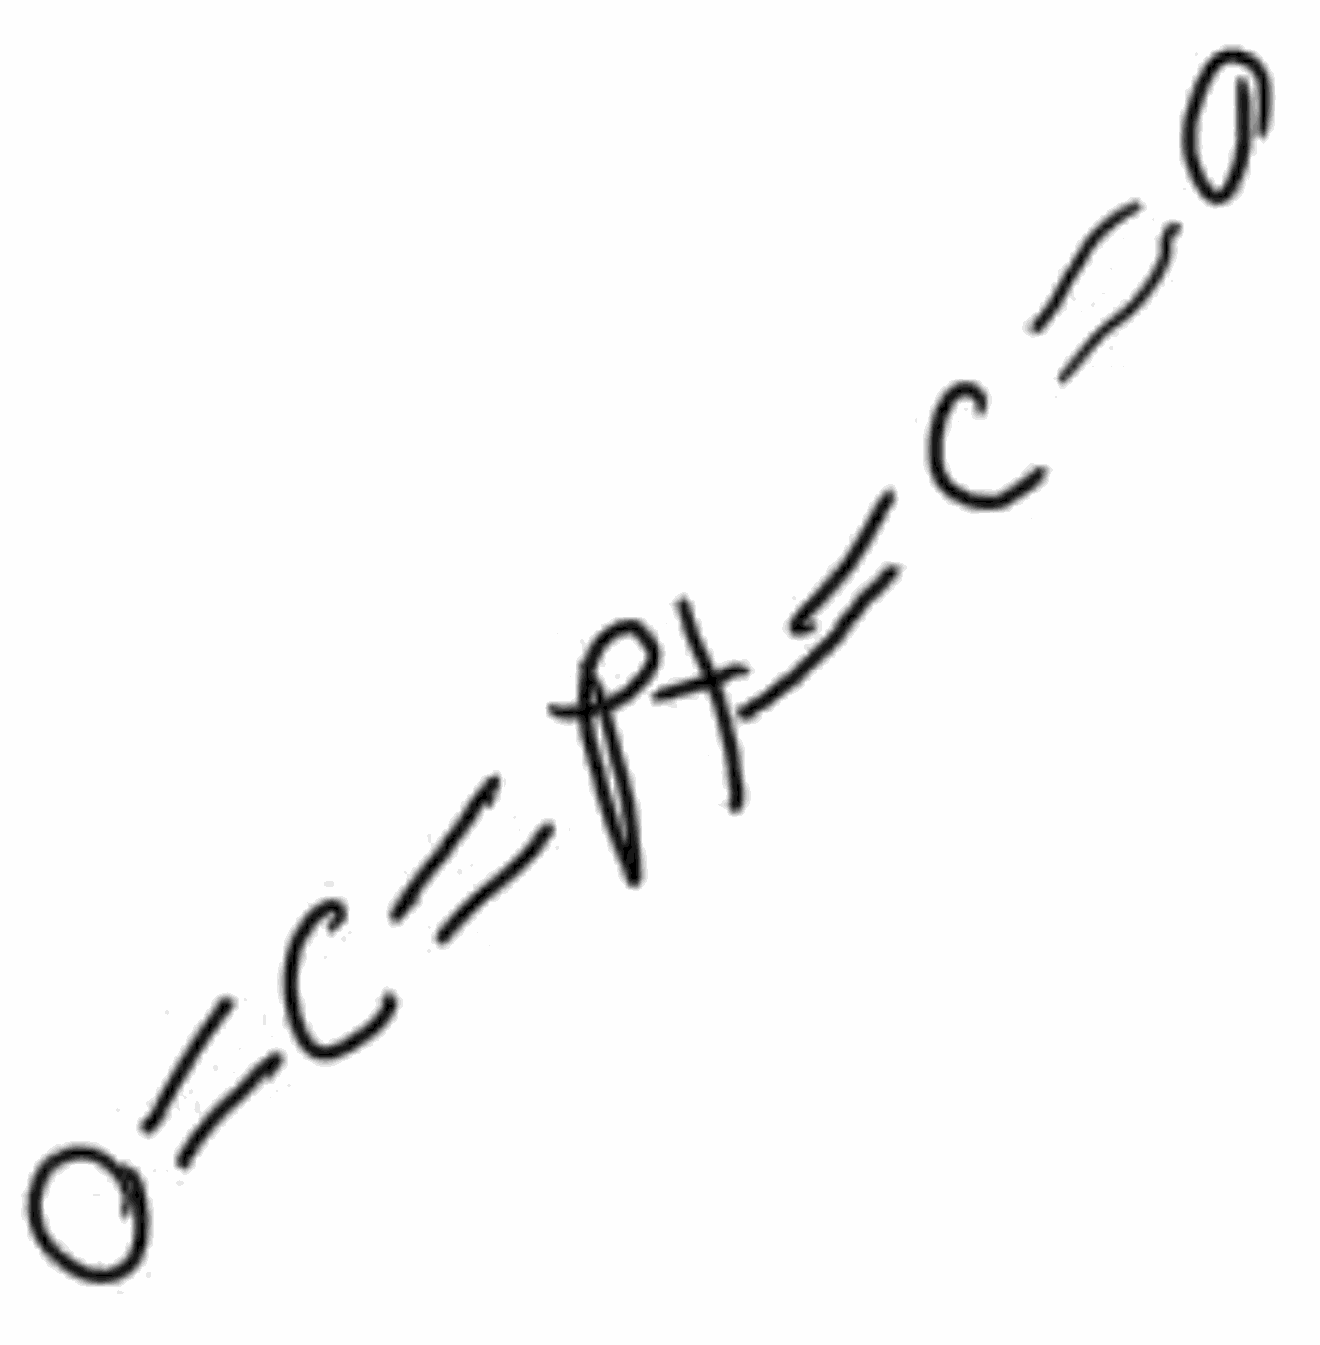
Simplified molecular-input line-entry system (SMILES) notation of the given molecule:
C(=O)=[Pt]=C=O